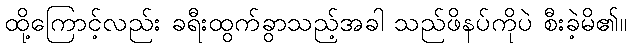
ထို့ကြောင့်လည်း ခရီးထွက်ခွာသည့်အခါ သည်ဖိနပ်ကိုပဲ စီးခဲ့မိ၏။